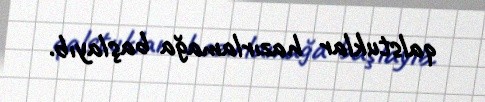
qalstuklar hazırlamağa başlayıb.